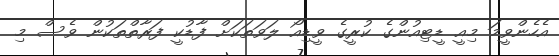
އެހެންވީމަ މިއީ ޑީޓިއުންގެ ކުރީގެ ވީޑިއޯ ލަވަތަކަށް ފާޑުކީ ފަރާތްތަކުން ވެސް މި